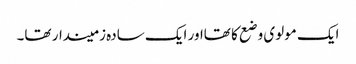
ایک مولوی وضع کا تھااور ایک سادہ زمیندار تھا۔